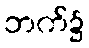
ဘက်၌